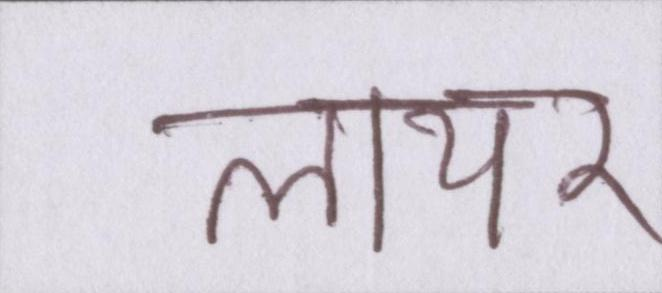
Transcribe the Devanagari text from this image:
लायर